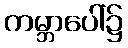
ကမ္ဘာပေါ်၌